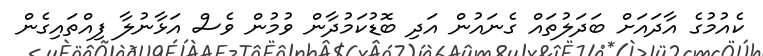
ކެއުމުގެ އާދައަށް ބަދަލުތައް ގެނައުން އަދި ބޮޑުކަމުދާން ވުމުން ވެސް އަޅާނުލާ ފިއްތައިގެން